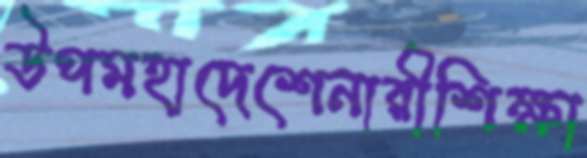
উপমহাদেশেনারীশিক্ষা